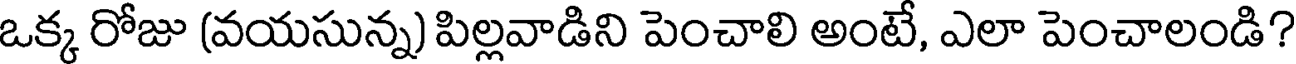
ఒక్క రోజు (వయసున్న) పిల్లవాడిని పెంచాలి అంటే, ఎలా పెంచాలండి?